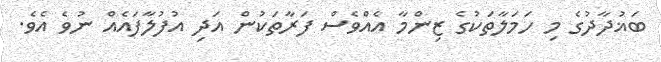
ބަޣުދާދުގެ މި ހަމަލާތަކުގެ ޒިންމާ އެއްވެސް ފަރާތަކުން އަދި އުފުލާފައެއް ނުވެ އެވެ.